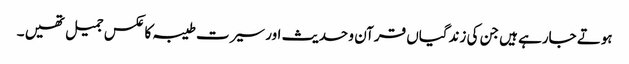
ہوتے جارہے ہیں جن کی زندگیاں قرآن و حدیث اور سیرت طیبہ کا عکس جمیل تھیں ۔